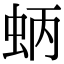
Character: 蛃